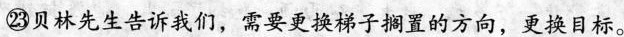
㉓贝林先生告诉我们，需要更换梯子搁置的方向，更换自标。